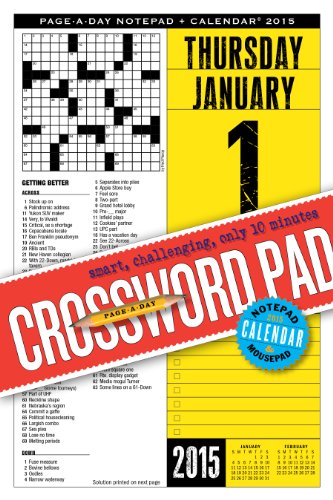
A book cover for Crossword Page-a-Day Notepad and 2015 Calendar; Fred Piscop; Calendars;